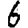
Digit: 6